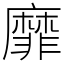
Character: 靡